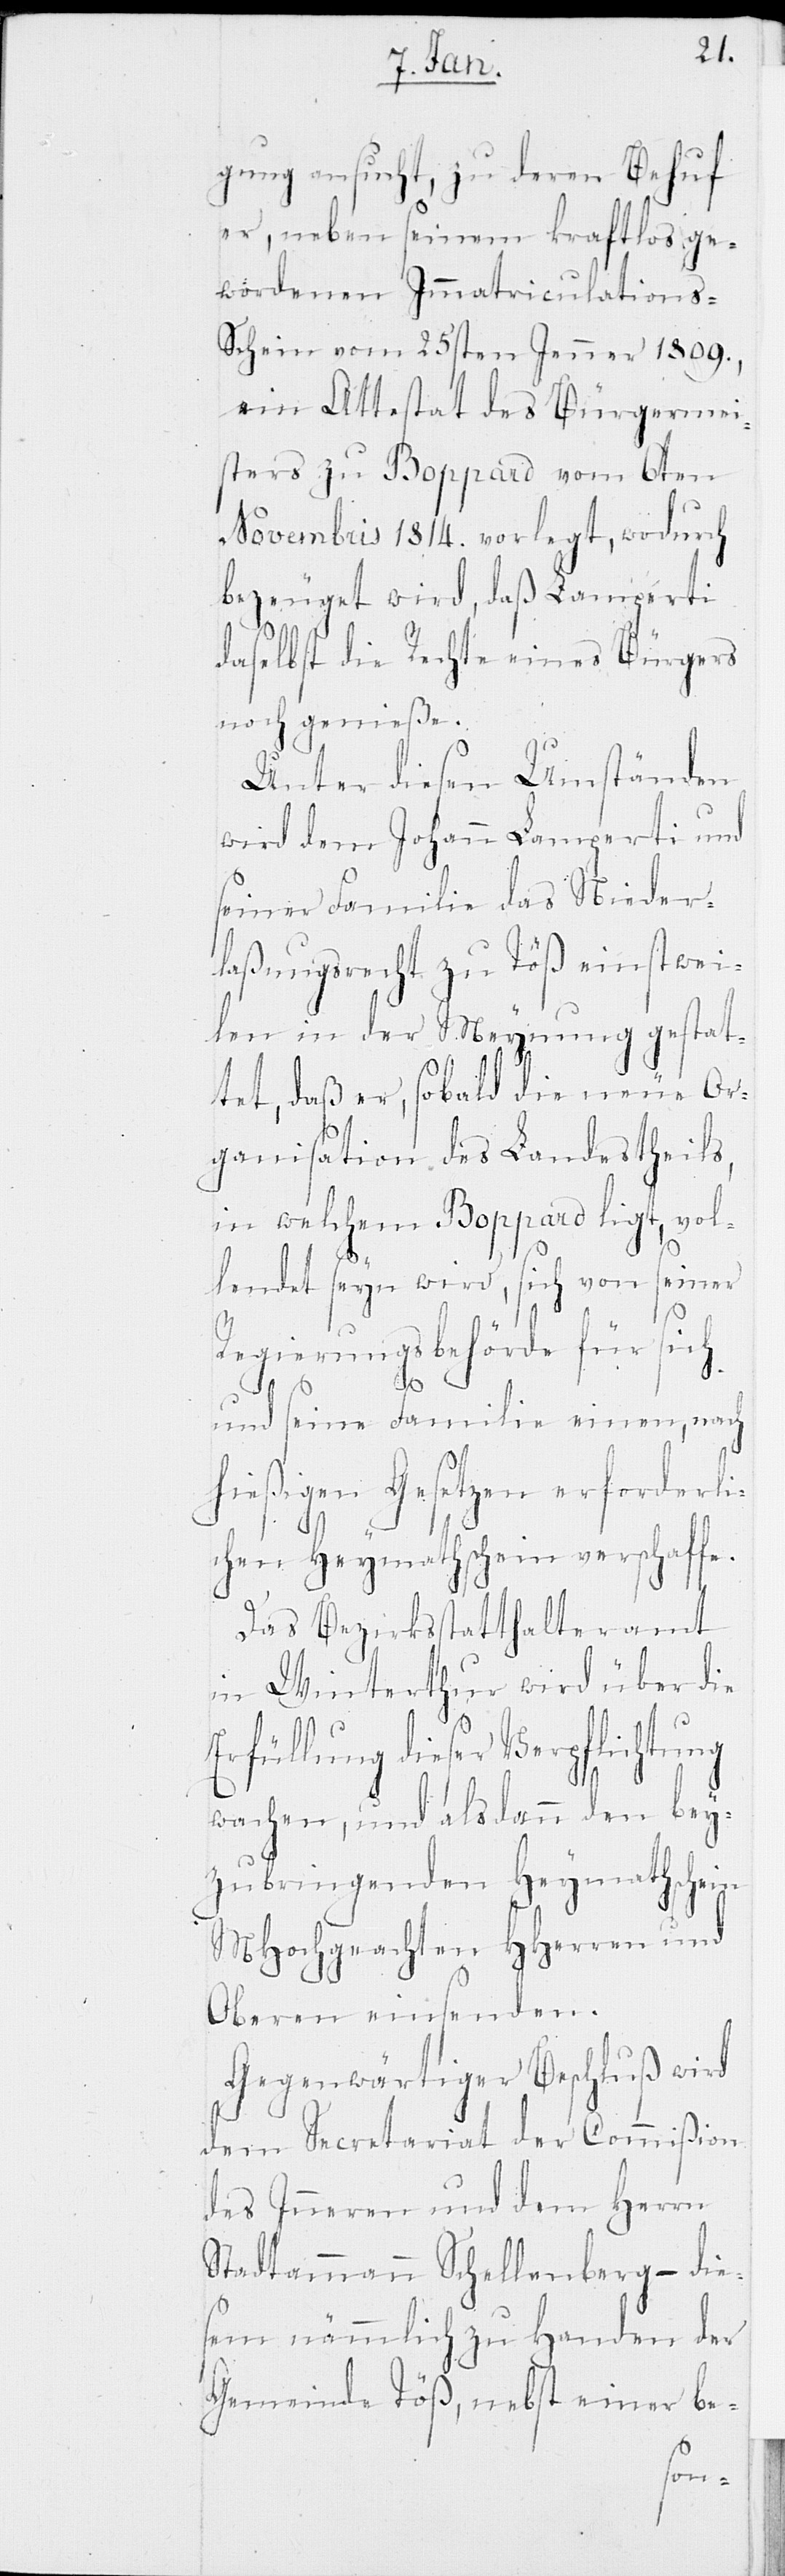
gung ansucht, zu deren Behuf
er, neben seinem kraftlos ge¬
wordenen Immatriculation¬
s-Schein vom 25sten Jenner 1809.,
ein Attestat des Bürgermei¬
sters zu Boppard vom 6ten
Novembris 1814. vorlegt, wodurch
bezeuget wird, daß Lamperti
daselbst die Rechte eines Bürgers
noch genieße.
Unter diesen Umständen
wird dem Johann Lamperti und
seiner Familie das Nieder¬
laßungsrecht zu Töß einstwei¬
len in der Meynung gestat¬
tet, daß er, sobald die neue Or¬
ganisation des Landestheils,
in welchem Boppard ligt, vol¬
lendet seyn wird, sich von seiner
Regierungsbehörde für sich
und seine Familie einen, nach
hiesigen Gesetzen erforderli¬
chen Heymathschein verschaffe.
Das Bezirksstatthalteramt
in Winterthur wird über die
Erfüllung dieser Verpflichtung
wachen, und alsdann den bey¬
zubringenden Heymathschein
MHochgeachten HHerren und
Oberen einsenden.
Gegenwärtiger Beschluß wird
dem Secretariat der Commißion
des Inneren und dem Herrn
Stadtammann Schellenberg – die¬
sem nämmlich zu Handen der
Gemeinde Töß, nebst einer be-